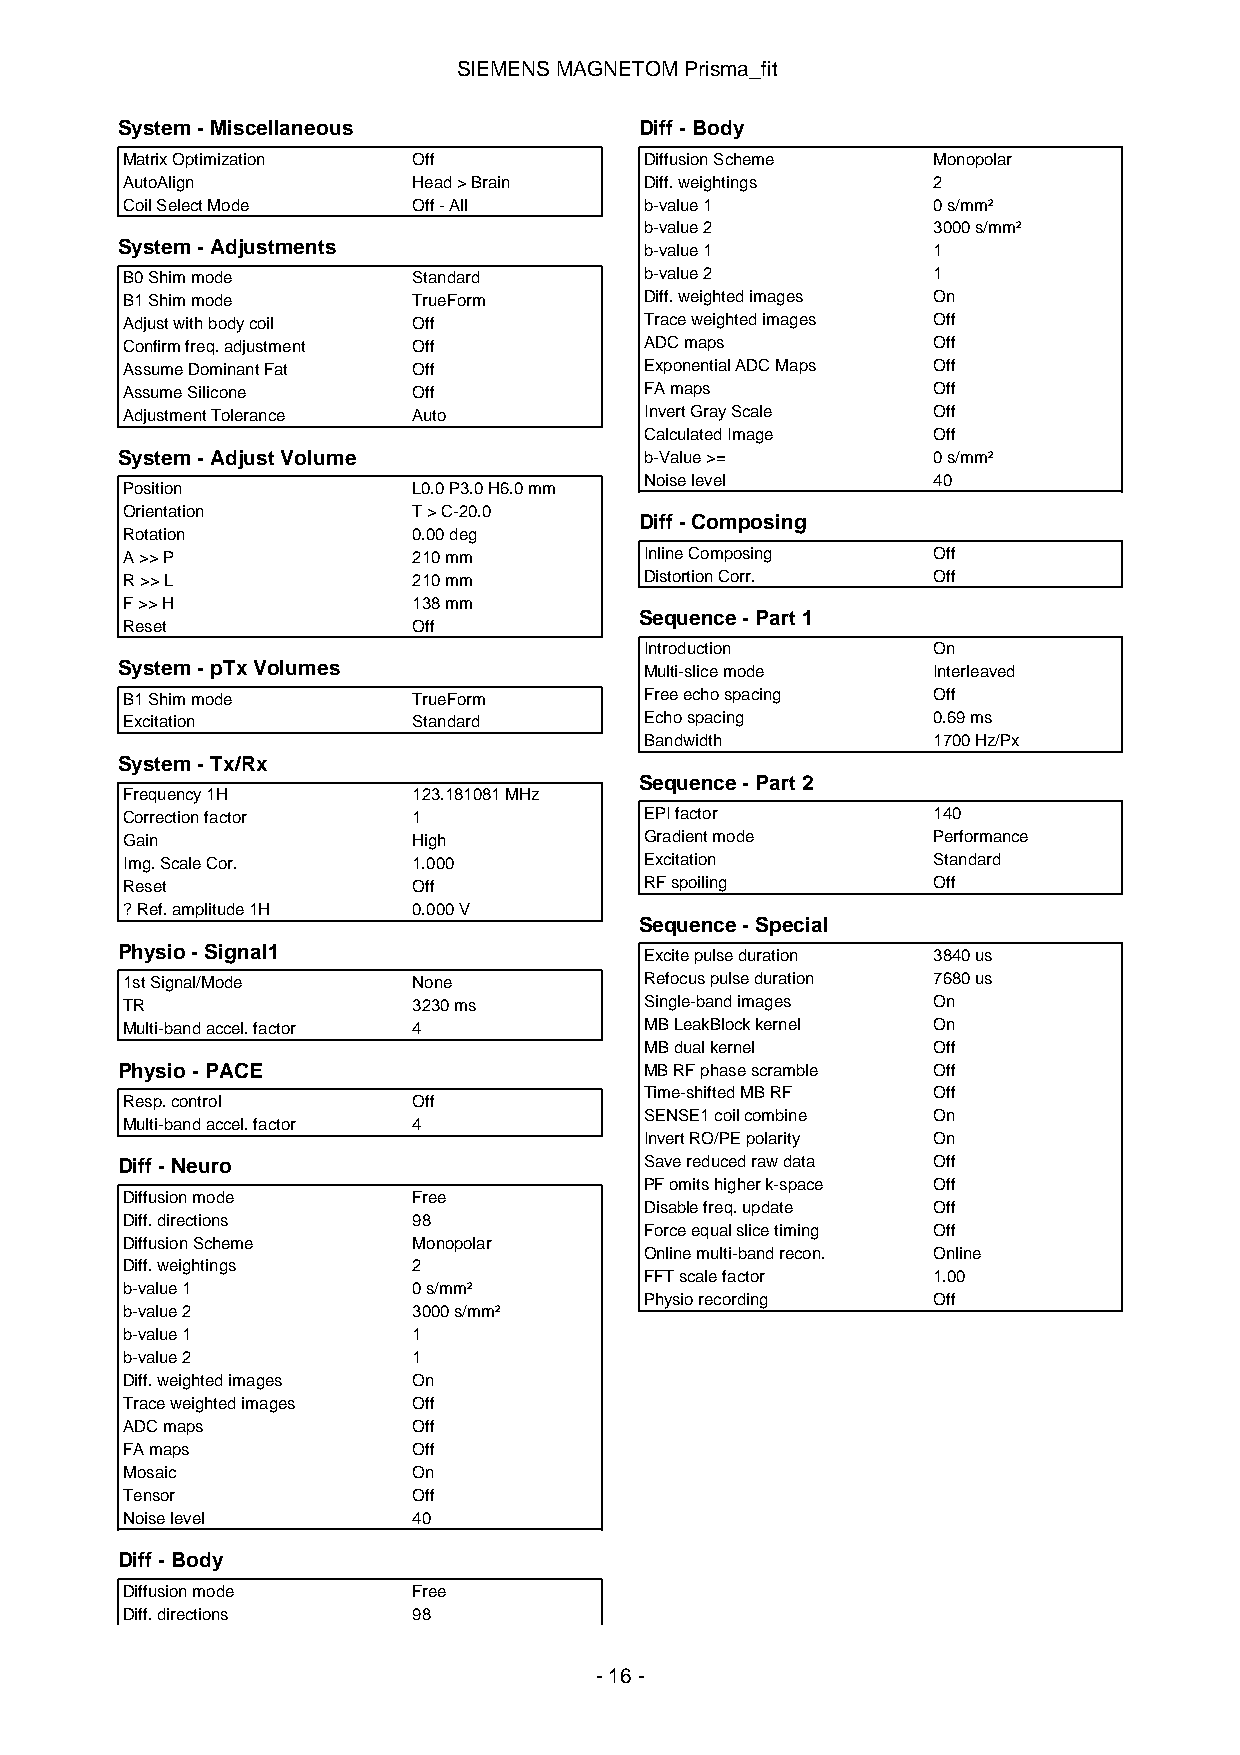
SIEMENSMAGNETOMPrisma_fit
 System-Miscellaneous              Diff-Body
 MatrixOptimization Off             DiffusionScheme    Monopolar
 AutoAlign          Head>Brain      Diff.weightings    2
 CoilSelectMode     Off-All         b-value1           0s/mm²
 b-value2           3000s/mm²
 System-Adjustments                 b-value1           1
 B0Shimmode         Standard        b-value2           1
 B1Shimmode         TrueForm        Diff.weightedimages On
 Adjustwithbodycoil Off             Traceweightedimages Off
 Confirmfreq.adjustment Off         ADCmaps            Off
 AssumeDominantFat  Off             ExponentialADCMaps Off
 AssumeSilicone     Off             FAmaps             Off
 AdjustmentTolerance Auto           InvertGrayScale    Off
 CalculatedImage    Off
 System-AdjustVolume                b-Value>=          0s/mm²
 Noiselevel         40
 Position           L0.0P3.0H6.0mm
 Orientation        T>C-20.0
 Diff-Composing
 Rotation           0.00deg
 A>>P               210mm           InlineComposing    Off
 R>>L               210mm           DistortionCorr.    Off
 F>>H               138mm
 Sequence-Part1
 Reset              Off
 Introduction       On
 System-pTxVolumes                  Multi-slicemode    Interleaved
 B1Shimmode         TrueForm        Freeechospacing    Off
 Excitation         Standard        Echospacing        0.69ms
 Bandwidth          1700Hz/Px
 System-Tx/Rx
 Sequence-Part2
 Frequency1H        123.181081MHz
 Correctionfactor   1               EPIfactor          140
 Gain               High            Gradientmode       Performance
 Img.ScaleCor.      1.000           Excitation         Standard
 Reset              Off             RFspoiling         Off
 ?Ref.amplitude1H   0.000V
 Sequence-Special
 Physio-Signal1                     Excitepulseduration 3840us
 1stSignal/Mode     None            Refocuspulseduration 7680us
 TR                 3230ms          Single-bandimages  On
 Multi-bandaccel.factor 4           MBLeakBlockkernel  On
 MBdualkernel       Off
 Physio-PACE                        MBRFphasescramble  Off
 Time-shiftedMBRF   Off
 Resp.control       Off
 SENSE1coilcombine  On
 Multi-bandaccel.factor 4
 InvertRO/PEpolarity On
 Diff-Neuro                         Savereducedrawdata Off
 PFomitshigherk-space Off
 Diffusionmode      Free
 Disablefreq.update Off
 Diff.directions    98
 Forceequalslicetiming Off
 DiffusionScheme    Monopolar
 Onlinemulti-bandrecon. Online
 Diff.weightings    2
 FFTscalefactor     1.00
 b-value1           0s/mm²
 Physiorecording    Off
 b-value2           3000s/mm²
 b-value1           1
 b-value2           1
 Diff.weightedimages On
 Traceweightedimages Off
 ADCmaps            Off
 FAmaps             Off
 Mosaic             On
 Tensor             Off
 Noiselevel         40
 Diff-Body
 Diffusionmode      Free
 Diff.directions    98
 -16-